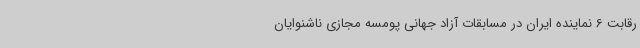
رقابت 6 نماینده ایران در مسابقات آزاد جهانی پومسه مجازی ناشنوایان